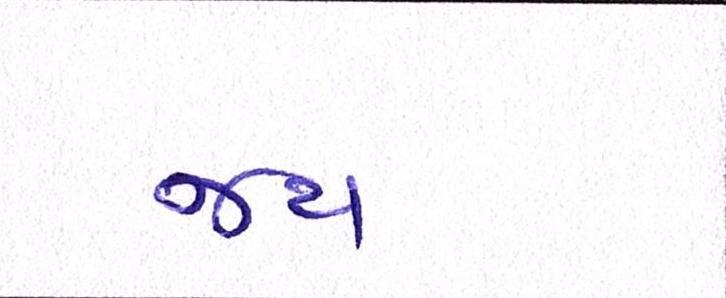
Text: જય